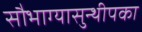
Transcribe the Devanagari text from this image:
सौभाग्यासुन्थीपका